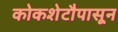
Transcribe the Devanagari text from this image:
कोकशेटौपासून